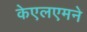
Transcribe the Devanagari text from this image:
केएलएमने